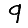
Digit: 9